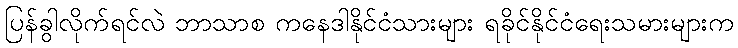
ပြန်ခွါလိုက်ရင်လဲ ဘာသာစ ကနေဒါနိုင်ငံသားများ ရခိုင်နိုင်ငံရေးသမားများက